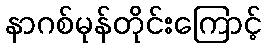
နာဂစ်မုန်တိုင်းကြောင့်